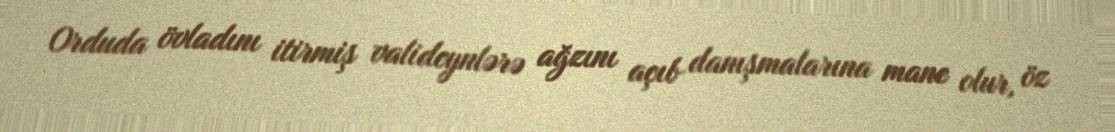
Orduda övladını itirmiş valideynlərə ağzını açıb danışmalarına mane olur, öz